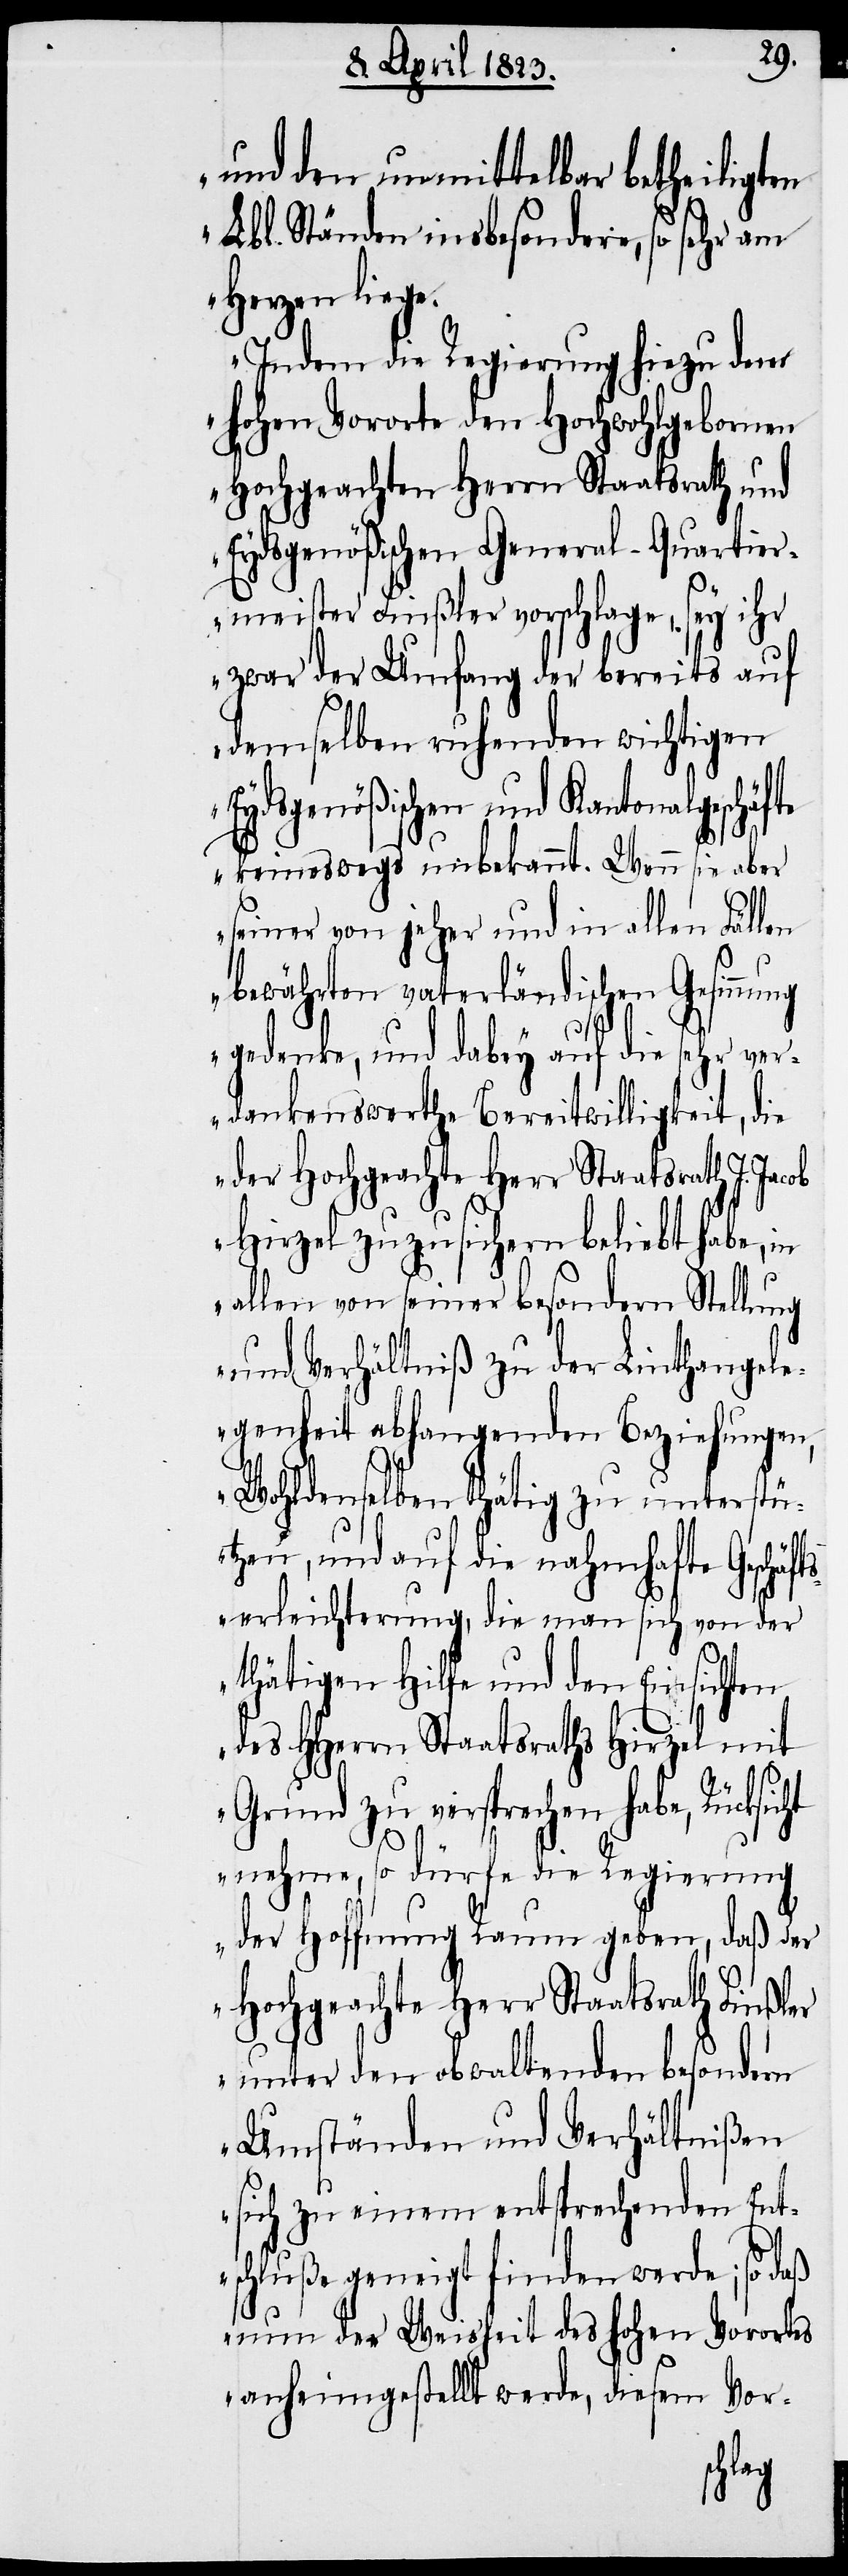
und den unmittelbar betheiligten
Lbl. Ständen insbesondere, so sehr am
Herzen liege.
Indem die Regierung hiezu dem
hohen Vororte den Hochwohlgebornen
Hochgeachten Herrn Staatsrath und
Eydsgenößischen General-Quartie¬
rmeister Finßler vorschlage, sey ihr
zwar der Umfang der bereits auf
demselben ruhenden wichtigen
Eydsgenößischen und Kantonalgeschäfte
ng
keineswegs unbekannt. Wenn sie aber
seiner von jeher und in allen Fällen
bewährten vaterländischen Gesinnu¬
gedenke, und dabey auf die sehr ver¬
dankenswerthe Bereitwilligkeit, die
der Hochgeachte Herr Staatsrath J.
Hirzel zuzusichern beliebt habe, in
allen von seiner besondern Stellung
und Verhältniß zu der Linthangele¬
genheit abhangenden Beziehungen,
Wohldenselben thätig zu unterstü¬
tzen, und auf die nahmhafte Geschä¬
ftserleichterung, die man sich von der
thätigen Hilfe und den Einsichten
des HHerrn Staatsraths Hirzel mit
Grund zu versprechen habe, Rücksicht
nehme, so dürfe die Regierung
der Hoffnung Raum geben, daß der
Hochgeachte Herr Staatsrath Finßler
unter den obwaltenden besondern
Umständen und Verhältnißen
sich zu einem entsprechenden Ent¬
schluße geneigt finden werde; so daß
nun der Weisheit des hohen Vorortes
anheimgestellt werde, diesem Vor-